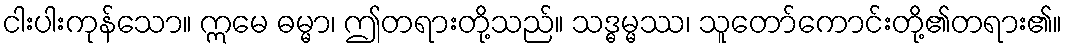
ငါးပါးကုန်သော။ ဣမေ ဓမ္မာ၊ ဤတရားတို့သည်။ သဒ္ဓမ္မဿ၊ သူတော်ကောင်းတို့၏တရား၏။